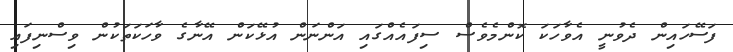
ފަސޭހައިން ދެވުނީ އެވާހަކަ ކޮންމެވެސް ސިފައެއްގައި އަންނަން އުޅޭކަން އޭނާގެ ވާހަކަތަކުން ވިސްނިފައި